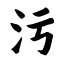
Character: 污